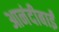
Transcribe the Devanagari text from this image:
आनंदीबाईं